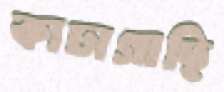
কাঢ়াগাছি